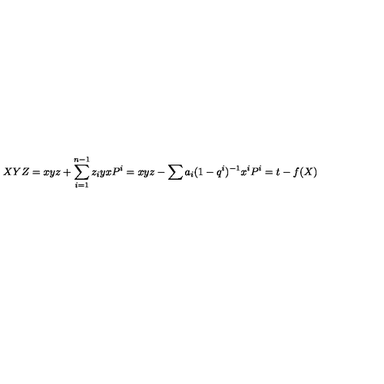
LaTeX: X Y Z = x y z + \sum _ { i = 1 } ^ { n - 1 } z _ { i } y x P ^ { i } = x y z - \sum a _ { i } ( 1 - q ^ { i } ) ^ { - 1 } x ^ { i } P ^ { i } = t - f ( X )